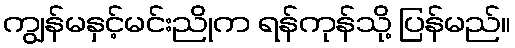
ကျွန်မနှင့်မင်းညိုက ရန်ကုန်သို့ ပြန်မည်။